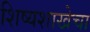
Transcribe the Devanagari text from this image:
शिष्यशाखेचा